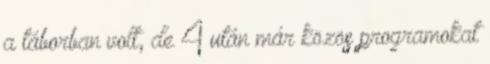
a táborban volt, de 4 után már közös programokat